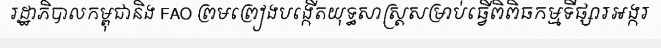
រដ្ឋាភិបាលកម្ពុជានិង FAO ព្រមព្រៀងបង្កើតយុទ្ធសាស្ត្រសម្រាប់ធ្វើពិពិធកម្មទីផ្សារអង្ករ